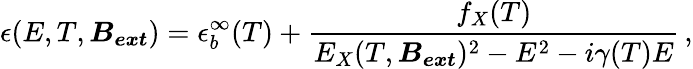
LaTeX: \epsilon(E,T,\boldsymbol{B_{ext}})=\epsilon_{b}^{\infty}(T)+\frac{f_{X}(T)}{E_{X}(T,\boldsymbol{B_{ext}})^{2}-E^{2}-i\gamma(T)E}\, ,